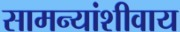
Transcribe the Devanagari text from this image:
सामन्यांशीवाय